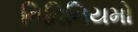
નિતિનિયમો